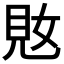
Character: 𫌜